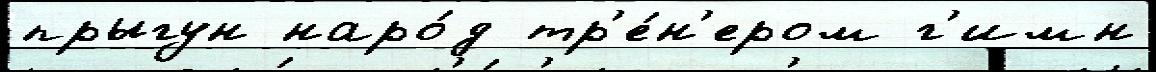
прыгун наро́д тр'е́н'ером г'имн